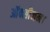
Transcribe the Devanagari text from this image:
ऑक्सीजन।